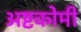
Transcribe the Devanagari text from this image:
अष्टकोमी